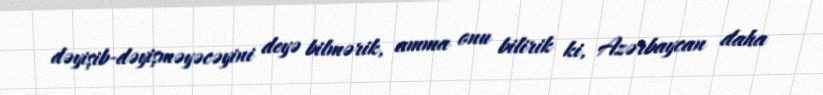
dəyişib-dəyişməyəcəyini deyə bilmərik, amma onu bilirik ki, Azərbaycan daha